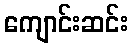
ကျောင်းဆင်း